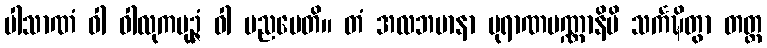
ပါသာဏံ ဝါ ဝါလုကပုဉ္ဇံ ဝါ ပညပေတိ။ တံ အလဘမာနာ ပုရာဏပဏ္ဏာနိပိ သင်္ကဍ္ဎိတွာ တတ္ထ